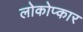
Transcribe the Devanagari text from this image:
लोकोप्कार